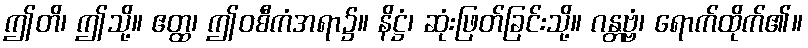
ဤတိ၊ ဤသို့။ ဧတ္ထ၊ ဤဝစီကံအရာ၌။ နိဋ္ဌံ၊ ဆုံးဖြတ်ခြင်းသို့။ ဂန္တဗ္ဗံ၊ ရောက်ထိုက်၏။